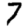
Digit: 7